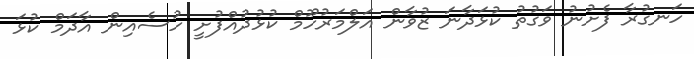
ހަނގުރާ ފެށުނު ވަގުތު ކުޅަދާނަ ޒުވާން އަލްމަރުހޫމް ކުޅުދުއްފުށީ ހުސެއިން އާދަމް ކުޅަ